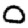
Digit: 0